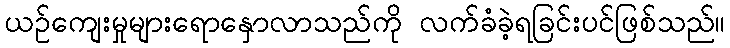
ယဉ်ကျေးမှုများရောနှောလာသည်ကို လက်ခံခဲ့ရခြင်းပင်ဖြစ်သည်။